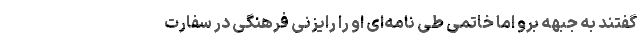
گفتند به جبهه برو اما خاتمی طی نامه‌ای او را رایزنی فرهنگی در سفارت